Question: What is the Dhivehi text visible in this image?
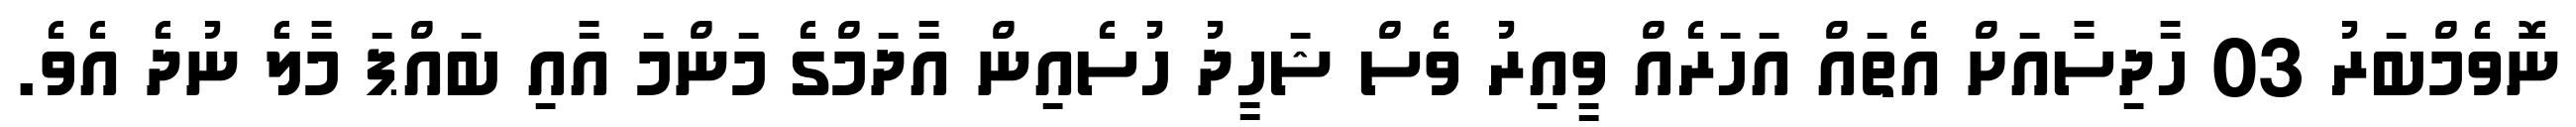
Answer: ނޮވެމްބަރު 03 ހާދިސާއަށް އެތައް އަހަރެއް ވީއިރު ވެސް ޝަހީދު ހުސެއިން އާދަމްގެ މަންމަ އާއި ބައްޕަ މާލެ ނުދެ އެވެ.